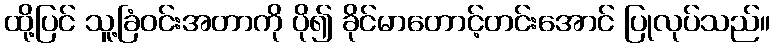
ထို့ပြင် သူ့ခြံဝင်းအတာကို ပို၍ ခိုင်မာတောင့်တင်းအောင် ပြုလုပ်သည်။